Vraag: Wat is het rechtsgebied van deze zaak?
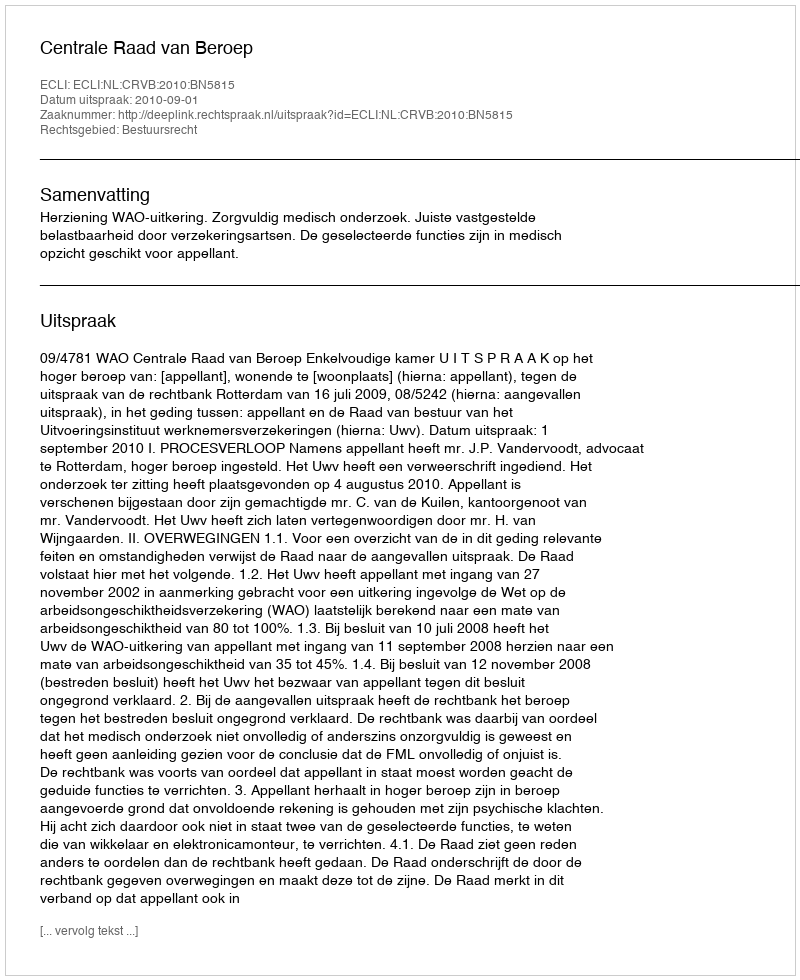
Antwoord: Bestuursrecht